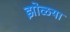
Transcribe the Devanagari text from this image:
झोळया